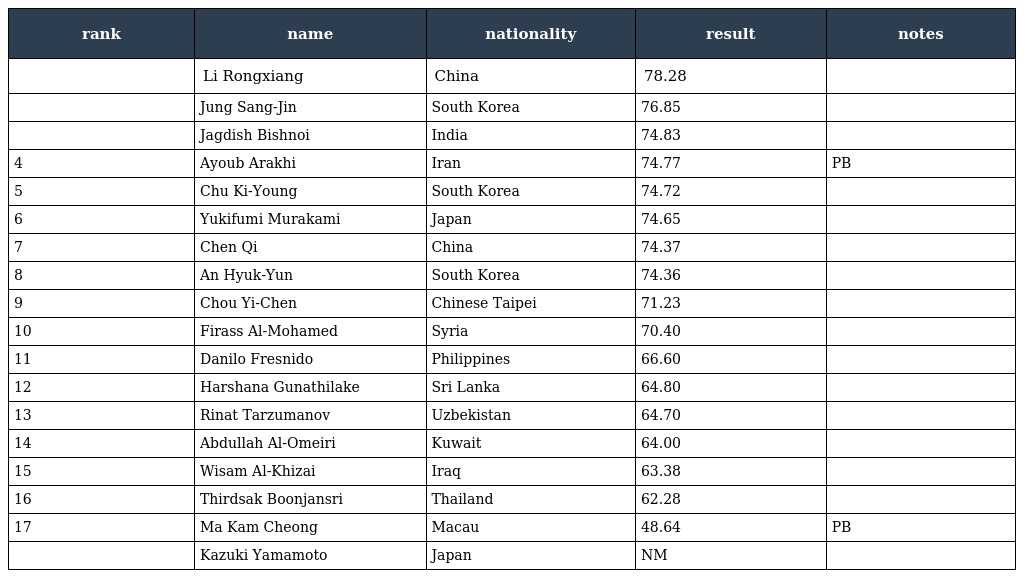
| rank | name | nationality | result | notes |
 | --- | --- | --- | --- | --- |
 |  | Li Rongxiang | China | 78.28 |  |
 |  | Jung Sang-Jin | South Korea | 76.85 |  |
 |  | Jagdish Bishnoi | India | 74.83 |  |
 | 4 | Ayoub Arakhi | Iran | 74.77 | PB |
 | 5 | Chu Ki-Young | South Korea | 74.72 |  |
 | 6 | Yukifumi Murakami | Japan | 74.65 |  |
 | 7 | Chen Qi | China | 74.37 |  |
 | 8 | An Hyuk-Yun | South Korea | 74.36 |  |
 | 9 | Chou Yi-Chen | Chinese Taipei | 71.23 |  |
 | 10 | Firass Al-Mohamed | Syria | 70.40 |  |
 | 11 | Danilo Fresnido | Philippines | 66.60 |  |
 | 12 | Harshana Gunathilake | Sri Lanka | 64.80 |  |
 | 13 | Rinat Tarzumanov | Uzbekistan | 64.70 |  |
 | 14 | Abdullah Al-Omeiri | Kuwait | 64.00 |  |
 | 15 | Wisam Al-Khizai | Iraq | 63.38 |  |
 | 16 | Thirdsak Boonjansri | Thailand | 62.28 |  |
 | 17 | Ma Kam Cheong | Macau | 48.64 | PB |
 |  | Kazuki Yamamoto | Japan | NM |  |